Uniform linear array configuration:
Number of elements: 64
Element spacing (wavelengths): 0.5
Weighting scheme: kaiser
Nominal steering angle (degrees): -30
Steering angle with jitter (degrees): -28.387
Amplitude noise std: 0.05
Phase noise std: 0.05

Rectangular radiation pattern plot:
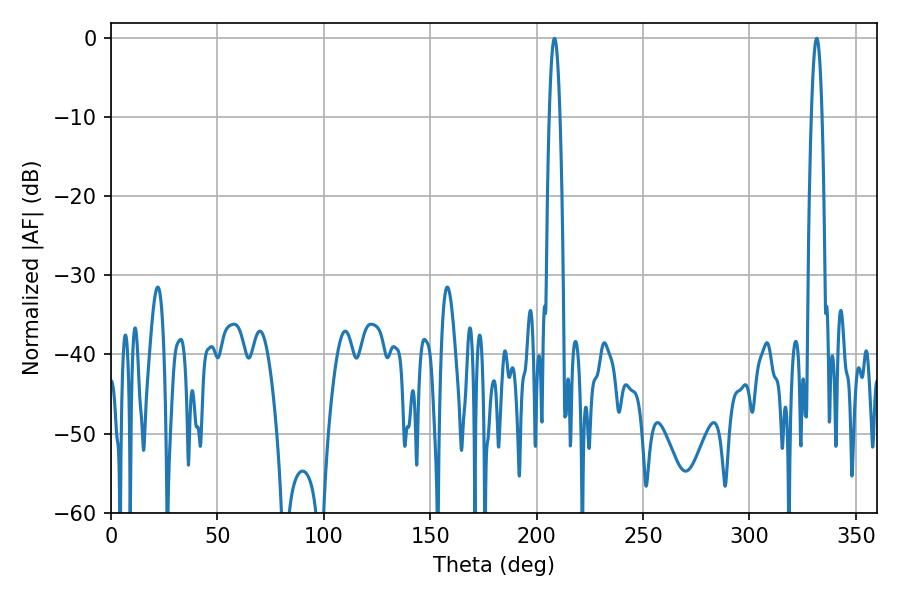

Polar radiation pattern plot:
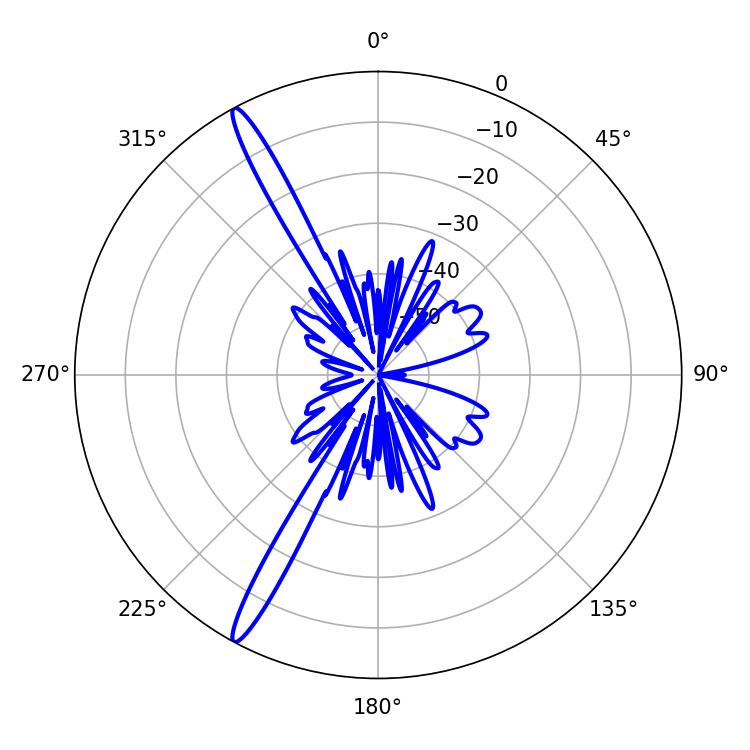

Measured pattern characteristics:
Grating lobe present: FALSE
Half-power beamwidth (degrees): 2.7
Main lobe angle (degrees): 331.56